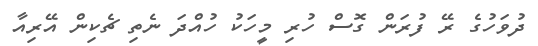
ދުވަހުގެ ރޭ ފުރަން ގޮސް ހުރި މީހަކު ހުއްދަ ނެތި ޗެކިން އޭރިއާ